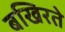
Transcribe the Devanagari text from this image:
बखिरते